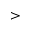
>